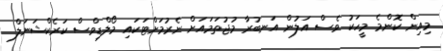
މިއިން ކޮންމެ މީހަކު ވެސް އަލުން އަނބުރާ މުޖުތަމައަށް ނެރުމަށްޓަކައި މޯލްޑިވްސް ކަރެކްޝަނަލް